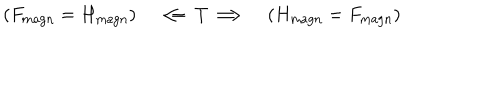
LaTeX: ( F _ { \mathrm { m a g n } } = H _ { \mathrm { m a g n } } ) \quad \Longleftarrow T \Longrightarrow \quad ( H _ { \mathrm { m a g n } } = F _ { \mathrm { m a g n } } )